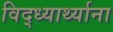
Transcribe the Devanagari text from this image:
विद्ध्यार्थ्याना